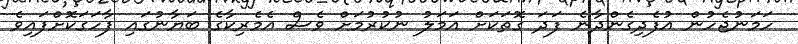
ހަމަނުޖެހުން އުފެދިގެންދާނެ ފަދަ ގޮތަކަށް އަމަލު ނުކުރުމަށް ވެސް އެމެރިކާގެ ބަޔާނުގައި ފާހަގަކޮށްފައިވެ